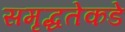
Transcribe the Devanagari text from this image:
समृद्धतेकडे